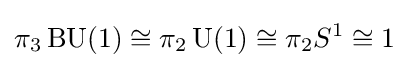
\pi _{3}\operatorname {BU} (1)\cong \pi _{2}\operatorname {U} (1)\cong \pi _{2}S^{1}\cong 1